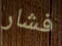
فشار